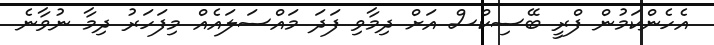
އެހެންކަމުން ފްރީ ބޭސިކްސް އަށް ދިމާވި ފަދަ މައްސަލައެއް މިފަހަރު ދިމާ ނުވާނެ